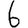
Digit: 6